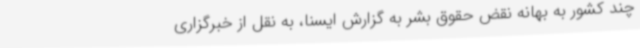
چند کشور به بهانه نقض حقوق بشر به گزارش ایسنا، به نقل از خبرگزاری